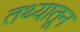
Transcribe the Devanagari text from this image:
तथ्यातून